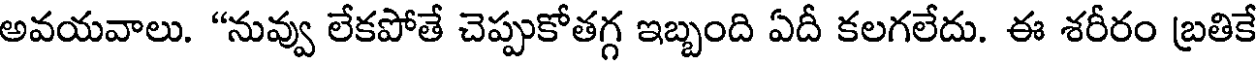
అవయవాలు. "నువ్వు లేకపోతే చెప్పుకోతగ్గ ఇబ్బంది ఏదీ కలగలేదు. ఈ శరీరం బ్రతికే